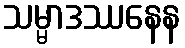
သမ္မာဒဿနေန